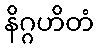
နိဂ္ဂဟိတံ